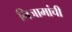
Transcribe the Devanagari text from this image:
निजामांची